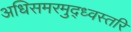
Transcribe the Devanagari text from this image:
अधिसमरमुद्ध्वस्तरि